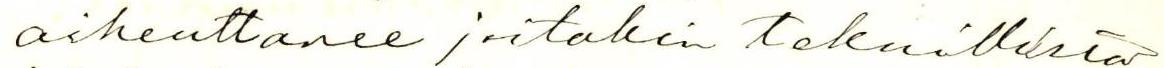
aiheuttanee joitakin teknillisiä